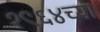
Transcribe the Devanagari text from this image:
१९६४च्या